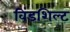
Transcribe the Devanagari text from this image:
विंडशिल्ट